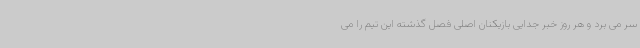
سر می برد و هر روز خبر جدایی بازیکنان اصلی فصل گذشته این تیم را می